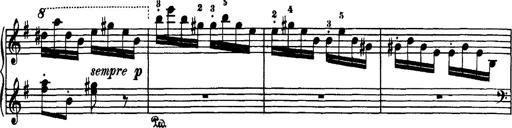
Title: Hungarian Rhapsody No.7
Composer: Franz Liszt
Key: D minor